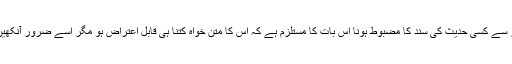
نہ فن حدیث کے نقطۂ نظر سے کسی حدیث کی سند کا مضبوط ہونا اس بات کا مستلزم ہے کہ اس کا متن خواہ کتنا ہی قابل اعتراض ہو مگر اسے ضرور آنکھیں بند کرکے مان لیا جائے۔